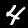
Label: 4